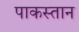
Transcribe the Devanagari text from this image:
पाकस्तान